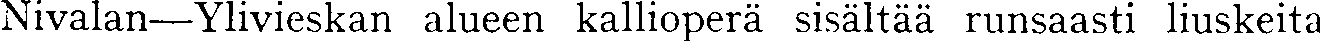
Nivalan—Ylivieskan alueen kallioperä sisältää runsaasti liuskeita